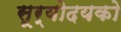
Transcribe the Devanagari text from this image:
सूर्योदयको